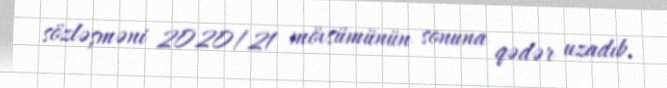
sözləşməni 2020/21 mövsümünün sonuna qədər uzadıb.